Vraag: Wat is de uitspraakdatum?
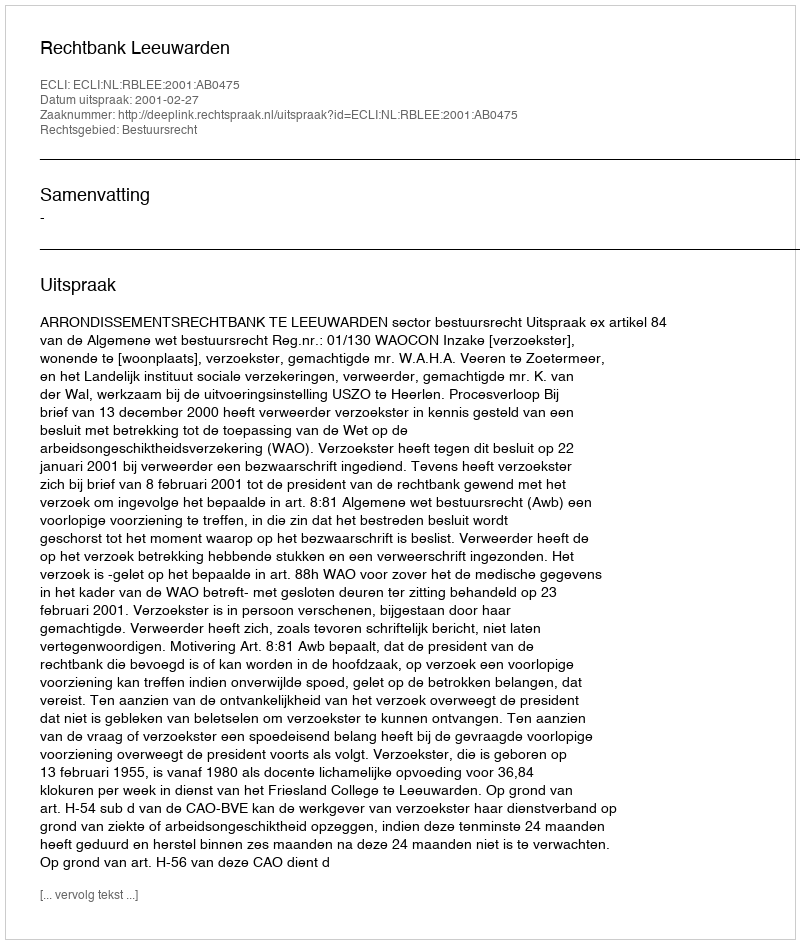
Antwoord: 2001-02-27